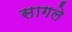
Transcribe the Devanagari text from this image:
सागले